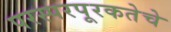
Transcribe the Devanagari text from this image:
परस्परपूरकतेचे